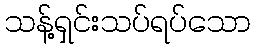
သန့်ရှင်းသပ်ရပ်သော